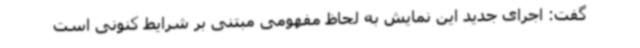
گفت: اجرای جدید این نمایش به لحاظ مفهومی مبتنی بر شرایط کنونی است